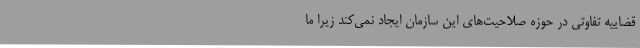
قضاییه تفاوتی در حوزه صلاحیت‌های این سازمان ایجاد نمی‌کند زیرا ما